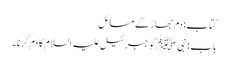
کتاب: دم جھاڑ کے مسائل
باب : نبیﷺ کو جبرئیل علیہ السلام کا دم کرنا۔